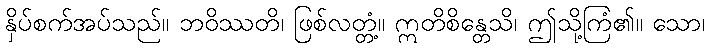
နှိပ်စက်အပ်သည်။ ဘဝိဿတိ၊ ဖြစ်လတ္တံ့။ ဣတိစိန္တေသိ၊ ဤသို့ကြံ၏။ သော၊